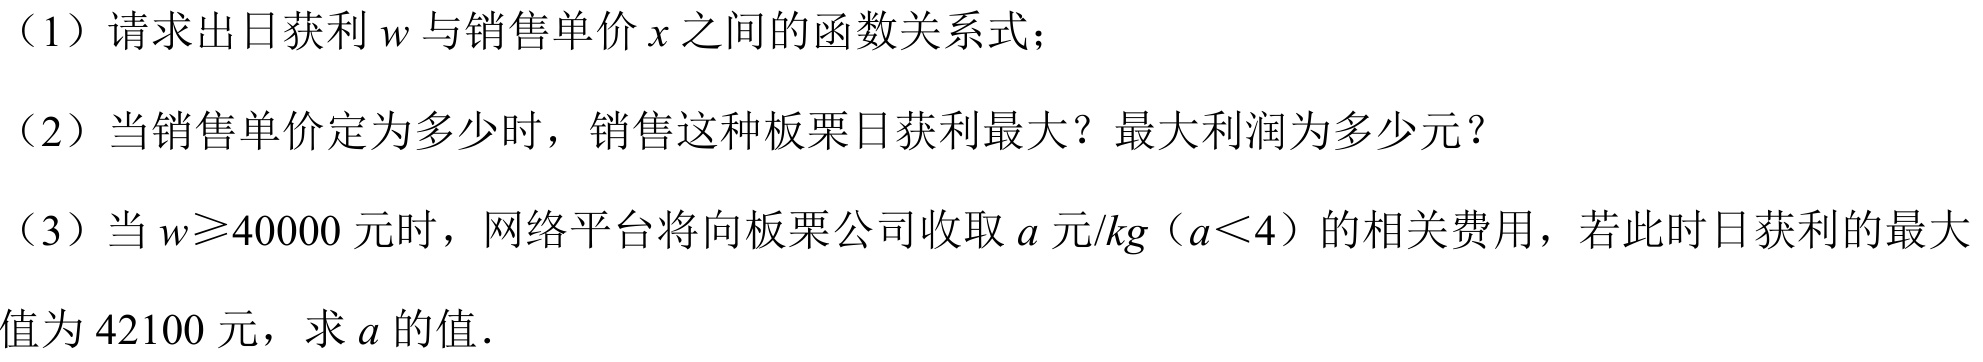
（1）请求出日获利 \(w\) 与销售单价 \(x\) 之间的函数关系式；
（2）当销售单价定为多少时，销售这种板栗日获利最大？最大利润为多少元？
（3）当 \(w\geqslant40000\) 元时，网络平台将向板栗公司收取 \(a\) 元/\(kg\)（\(a<4\)）的相关费用，若此时日获利的最大值为 \(42100\) 元，求 \(a\) 的值．